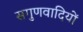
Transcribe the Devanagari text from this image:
सगुणवादियों